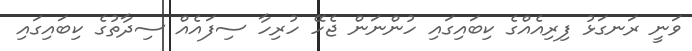
ވަނީ ރަނގަޅު ފިރިއެއްގެ ކިބައިގައި ހުންނަން ޖެހޭ ހުރިހާ ސިފައެއް ސިދާތުގެ ކިބައިގައި